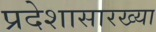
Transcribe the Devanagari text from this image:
प्रदेशासारख्या